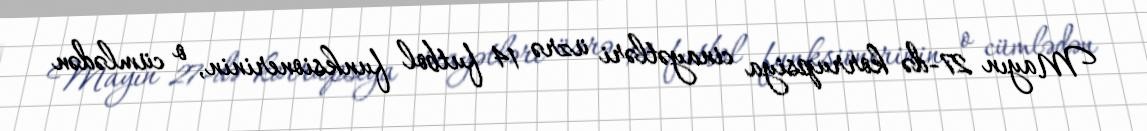
Mayın 27-də korrupsiya cinayətləri üzrə 14 futbol funksionerinin, o cümlədən